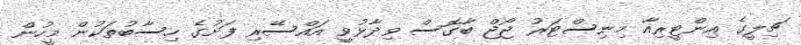
ޗިލީގެ އިންޓީރިއާ މިނިސްޓަރު ޖޯޖް ބާގޮސް ވިދާޅުވީ އައްސޭރި ފަށުގެ ހިސާބުތަކުން މީހުން